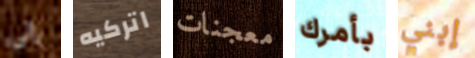
إلى اتركيه معجنات بأمرك إبني